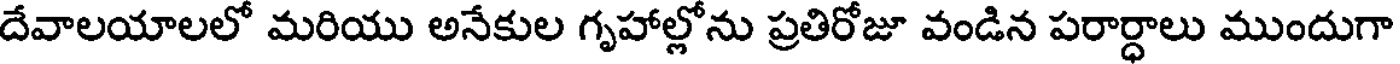
దేవాలయాలలో మరియు అనేకుల గృహాల్లోను ప్రతిరోజూ వండిన పరార్ధాలు ముందుగా